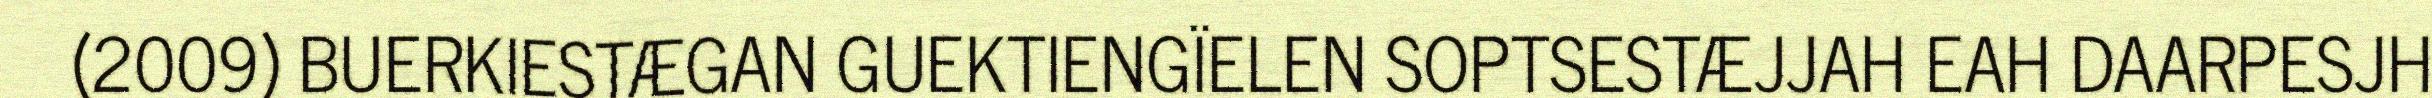
(2009) BUERKIESTÆGAN GUEKTIENGÏELEN SOPTSESTÆJJAH EAH DAARPESJH